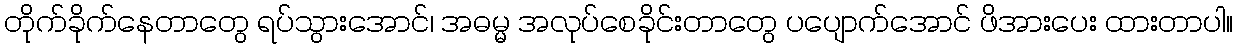
တိုက်ခိုက်နေတာတွေ ရပ်သွားအောင်၊ အဓမ္မ အလုပ်စေခိုင်းတာတွေ ပပျောက်အောင် ဖိအားပေး ထားတာပါ။